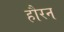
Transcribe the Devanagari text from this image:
हौरन